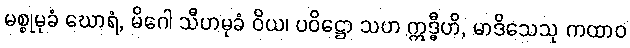
မစ္စုမုခံ ဃောရံ, မိဂေါ သီဟမုခံ ဝိယ၊ ပဝိဋ္ဌော သဟ ဣဒ္ဓီဟိ, မာဒိသေသု ကထာဝ